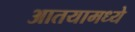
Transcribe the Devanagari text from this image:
आतयामध्ये